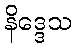
နိဒ္ဒေသ